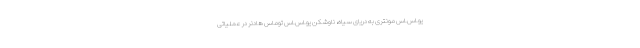
یو.اس.اس مونتری به دریای سیاه، ناوشکن یو.اس.اس توماس هادنر در عملیاتی